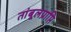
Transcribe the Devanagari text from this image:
तांबूलप्राप्ति